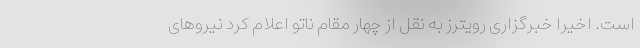
است. اخیرا خبرگزاری رویترز به نقل از چهار مقام ناتو اعلام کرد نیروهای